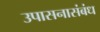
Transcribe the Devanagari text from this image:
उपासनासंबंध